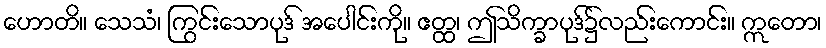
ဟောတိ။ သေသံ၊ ကြွင်းသောပုဒ် အပေါင်းကို။ ဧတ္ထ၊ ဤသိက္ခာပုဒ်၌လည်းကောင်း။ ဣတော၊